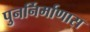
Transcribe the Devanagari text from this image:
पुनर्निर्माणास